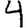
Digit: 4